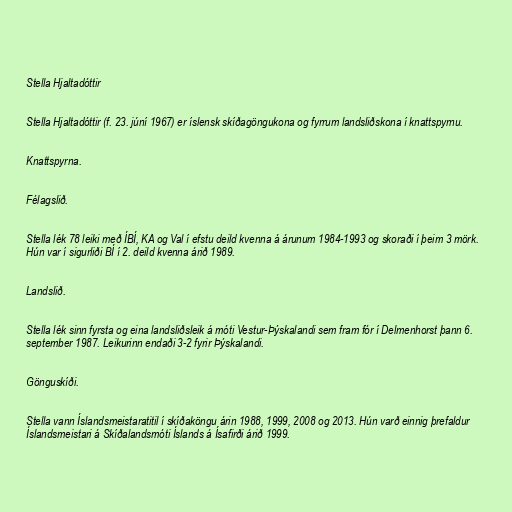
Stella Hjaltadóttir

Stella Hjaltadóttir (f. 23. júní 1967) er íslensk skíðagöngukona og fyrrum landsliðskona í knattspyrnu.

Knattspyrna.

Félagslið.

Stella lék 78 leiki með ÍBÍ, KA og Val í efstu deild kvenna á árunum 1984-1993 og skoraði í þeim 3 mörk.
Hún var í sigurliði BÍ í 2. deild kvenna árið 1989.

Landslið.

Stella lék sinn fyrsta og eina landsliðsleik á móti Vestur-Þýskalandi sem fram fór í Delmenhorst þann 6.
september 1987. Leikurinn endaði 3-2 fyrir Þýskalandi.

Gönguskíði.

Stella vann Íslandsmeistaratitil í skíðaköngu árin 1988, 1999, 2008 og 2013. Hún varð einnig þrefaldur
Íslandsmeistari á Skíðalandsmóti Íslands á Ísafirði árið 1999.